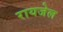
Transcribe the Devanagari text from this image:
रायजेल